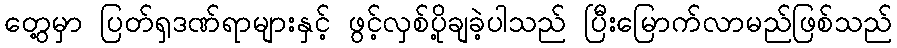
တွေ့မှာ ပြတ်ရှဒဏ်ရာများနှင့် ဖွင့်လှစ်ပို့ချခဲ့ပါသည် ပြီးမြောက်လာမည်ဖြစ်သည်